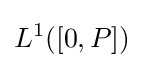
L^{1}([0,P])